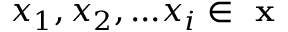
x _ { 1 } , x _ { 2 } , . . . x _ { i } \in \textbf { x }